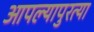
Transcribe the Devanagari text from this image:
आपल्यापुरत्या